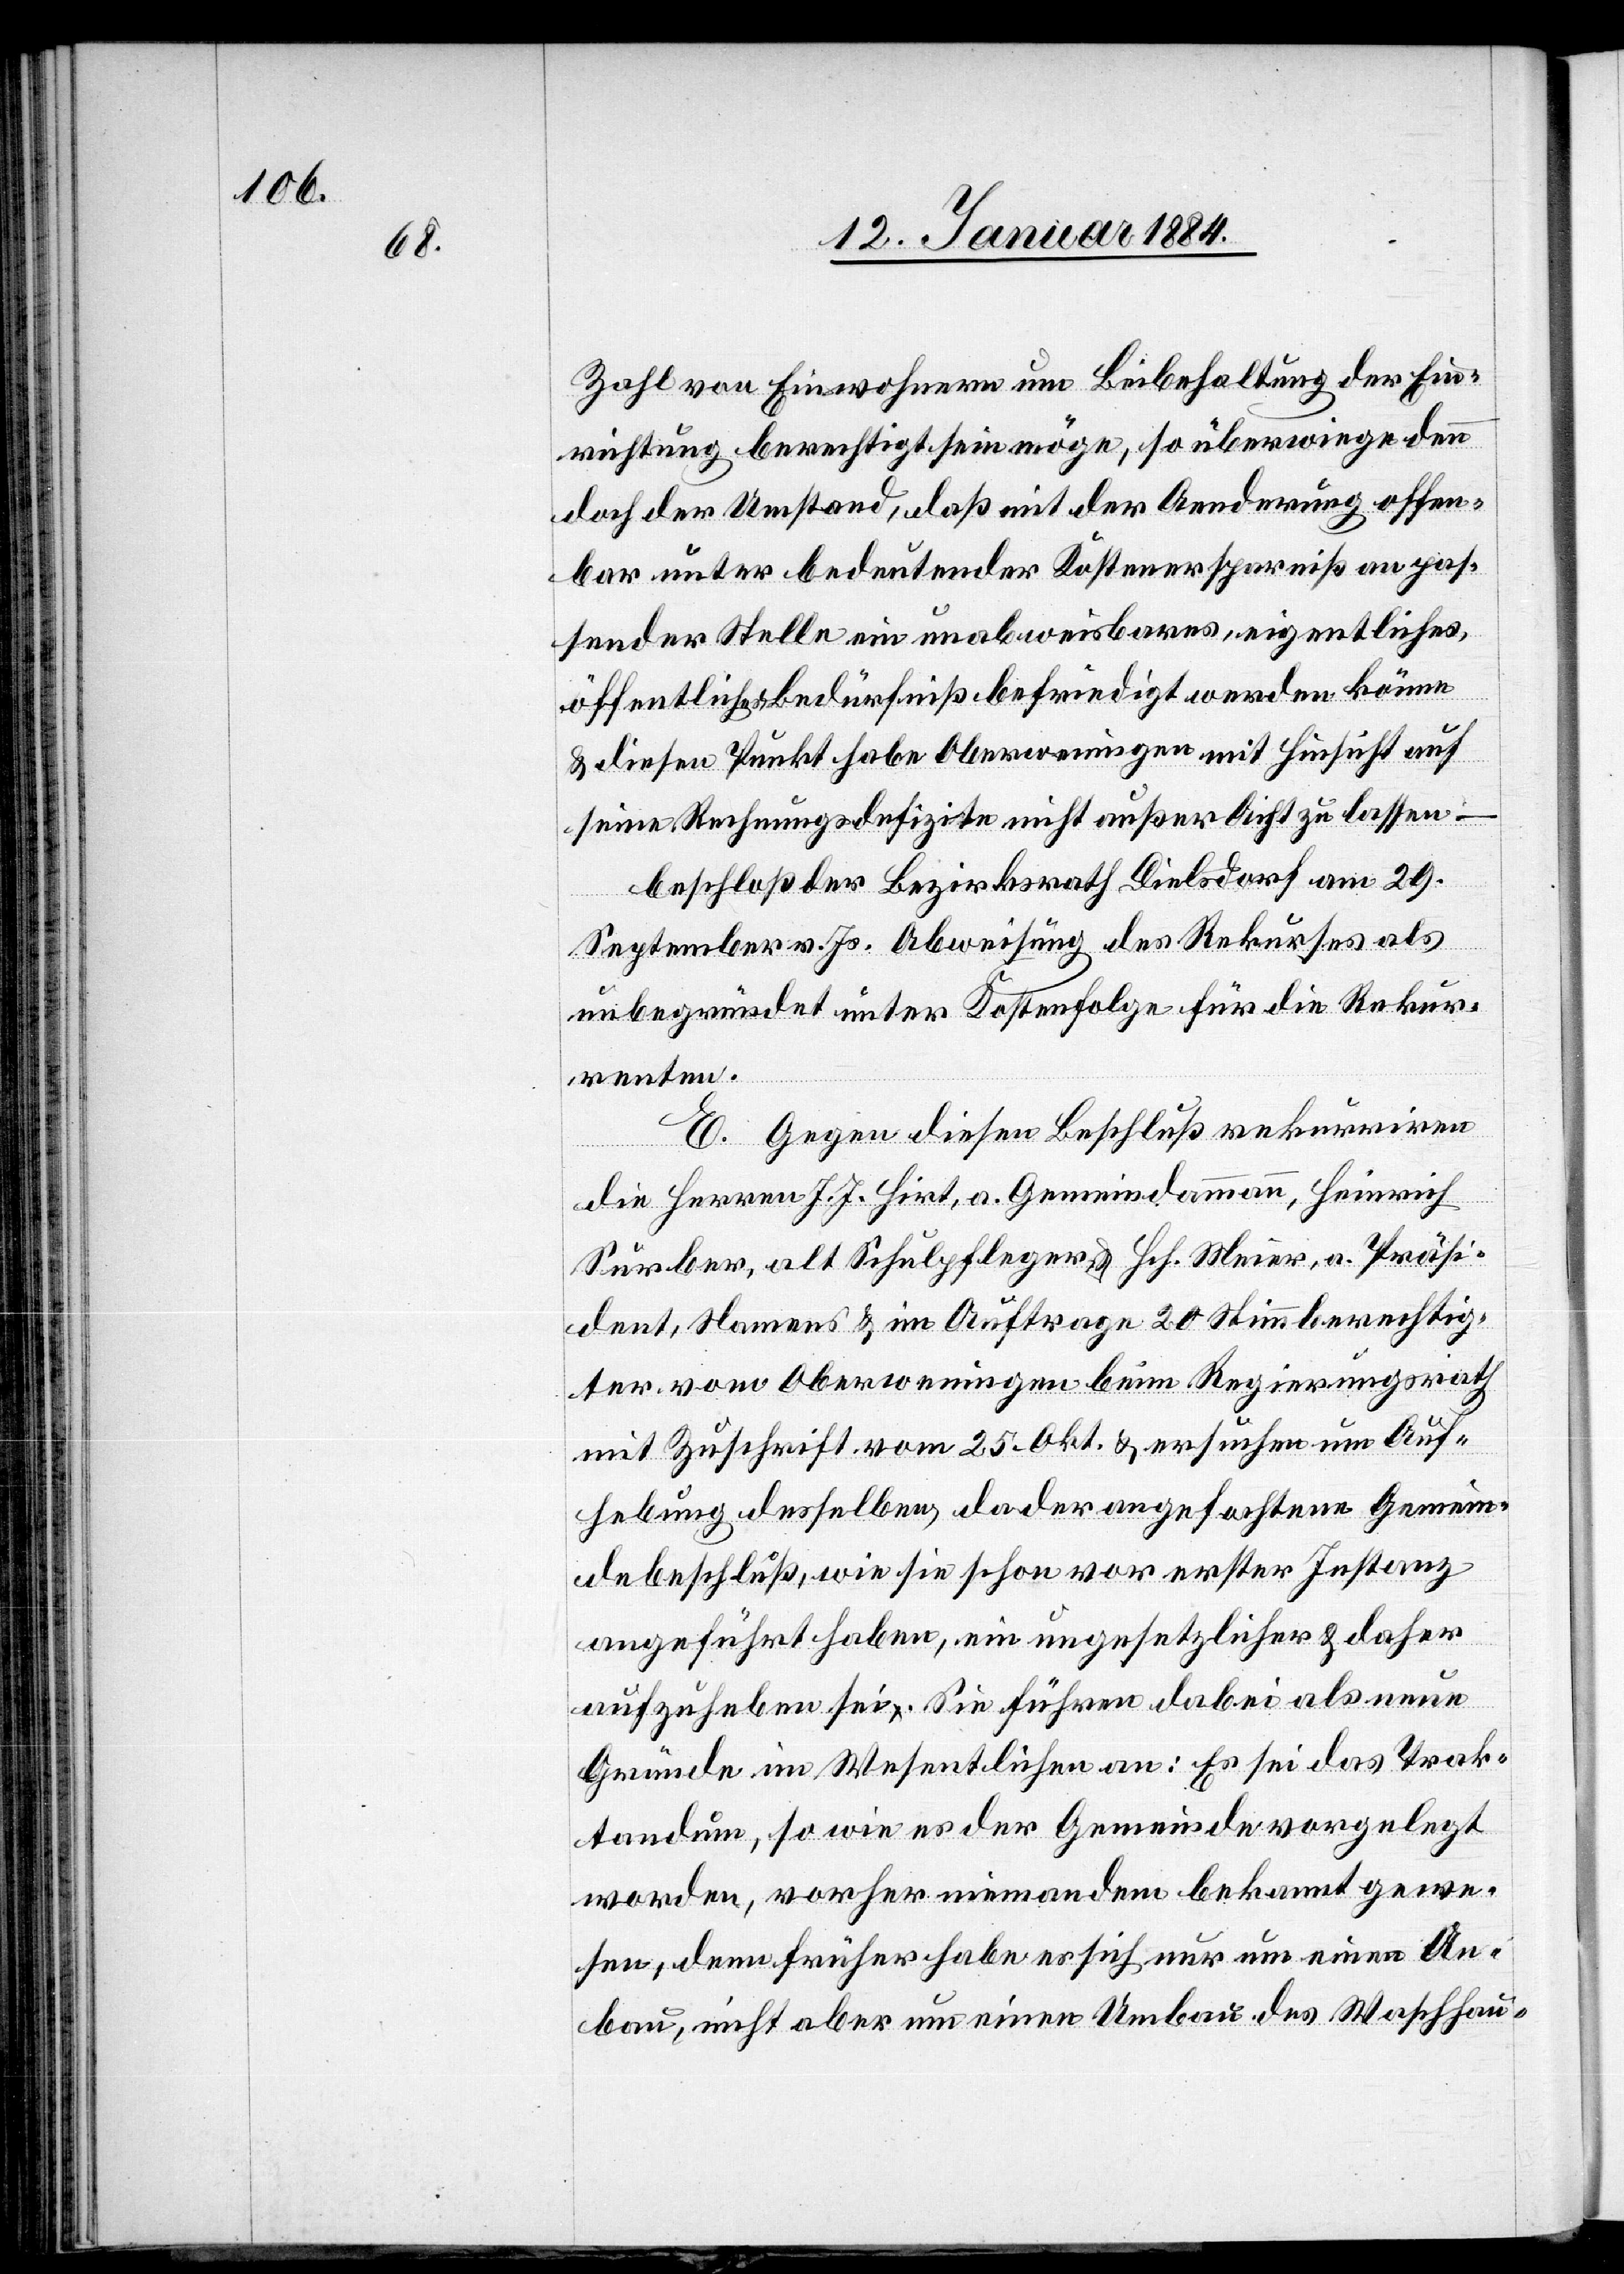
Zahl von Einwohnern um Beibehaltung der Ein¬
richtung berechtigt sein möge, so überwiege den¬
noch der Umstand, daß mit der Aenderung offen¬
bar unter bedeutender Kostenersparniß an pas¬
sender Stelle ein unabweisbares, eigentliches,
öffentliches Bedürfniß befriedigt werden könne
& diesen Punkt habe Oberweningen mit Hinsicht auf
seine Rechnungsdefizite nicht außer Sicht zu lassen –
beschloß der Bezirksrath Dielsdorf am 29.
September v. Js. Abweisung des Rekurses als
unbegründet unter Kostenfolge für die Rekur¬
renten.
E. Gegen diesen Beschluß rekurriren
die Herren J. J. Hirt, a. Gemeindeammann, Heinrich
Surber, alt Schulpfleger & Hch. Meier, a. Präsi¬
dent, Namens & im Auftrage 20 Stimmberechtig¬
ter, von Oberweningen beim Regierungsrath
mit Zuschrift vom 25. Okt. & ersuchen um Auf¬
hebung desselben, da der angefochtene Gemein¬
debeschluß, wie sie schon vor erster Instanz
angeführt haben, ein ungesetzlicher & daher
aufzuheben sei. Sie führen dabei als neue
Gründe im Wesentlichen an: Es sei das Trak¬
tandum, so wie es der Gemeinde vorgelegt
worden, vorher niemandem bekannt gewe¬
sen, denn früher habe es sich nur um einen An¬
bau, nicht aber um einen Umbau des Waschhau-